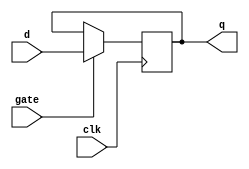
module GatedDLatchFlipFlop (
    input wire clk,
    input wire gate,
    input wire d,
    output reg q
);
    always @(posedge clk) begin
        if (gate) begin
            q <= d;
        end
    end
endmodule